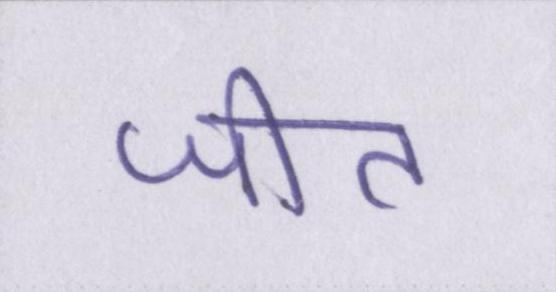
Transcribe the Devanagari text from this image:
जीत